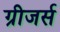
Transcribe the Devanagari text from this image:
ग्रीजर्स